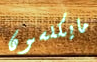
مايكلسون